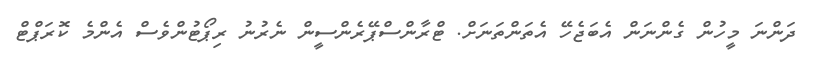
ދަންނަ މީހުން ގެންނަން އެބަޖެހޭ އެތަންތަނަށް. ޓްރާންސްޕޭރެންސީން ނެރުނު ރިޕޯޓުންވެސް އެންމެ ކޮރަޕްޓް